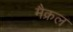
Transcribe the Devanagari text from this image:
मैक्रल